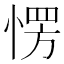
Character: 愣